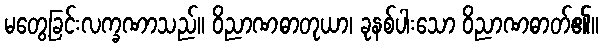
မတွေ့ခြင်းလက္ခဏာသည်။ ဝိညာဏဓာတုယာ၊ ခုနစ်ပါးသော ဝိညာဏဓာတ်၏။